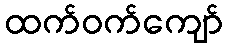
ထက်ဝက်ကျော်